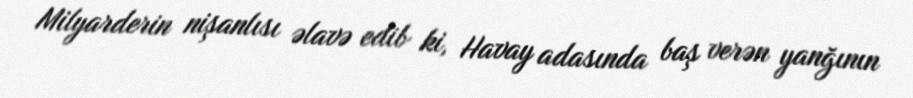
Milyarderin nişanlısı əlavə edib ki, Havay adasında baş verən yanğının